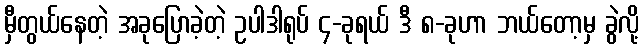
မှီတွယ်နေတဲ့ အခုပြောခဲ့တဲ့ ဥပါဒါရုပ် ၄-ခုရယ် ဒီ ၈-ခုဟာ ဘယ်တော့မှ ခွဲလို့